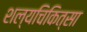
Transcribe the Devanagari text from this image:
शल्‍यचिकित्‍सा